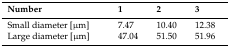
| Number | 1 | 2 | 3 |
 | --- | --- | --- | --- |
 | Small diameter [μm] | 7.47 | 10.40 | 12.38 |
 | Large diameter [μm] | 47.04 | 51.50 | 51.96 |